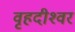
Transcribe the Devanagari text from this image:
वृहदीश्‍वर